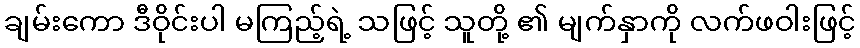
ချမ်းကော ဒီဝိုင်းပါ မကြည့်ရဲ့ သဖြင့် သူတို့ ၏ မျက်နှာကို လက်ဖဝါးဖြင့်